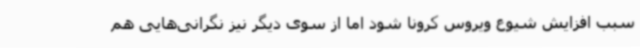
سبب افزایش شیوع ویروس کرونا شود اما از سوی دیگر نیز نگرانی‌هایی هم